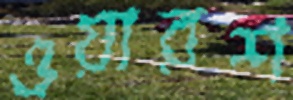
ওয়ারশ